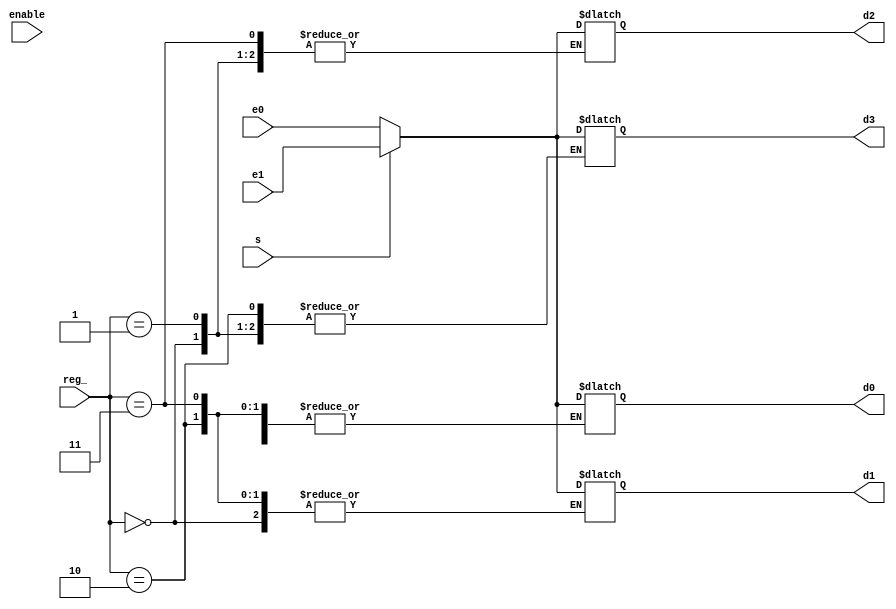
module mux_out_1 #(parameter WIDTH = 8)
             (input  wire [WIDTH-1:0] e0, e1, 
              input  wire             s, enable, 
              input  wire [1:0]       reg_, 
              output reg [WIDTH-1:0] d0, d1, d2, d3 );
  wire [7:0] aux;
  assign aux = s ? e1 : e0;
  always @(reg_,aux)
  begin
    case (reg_)
      2'b00: d0 = aux;
      2'b01: d1 = aux;
      2'b10: d2 = aux;
      2'b11: d3 = aux;
    endcase
  end
endmodule